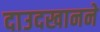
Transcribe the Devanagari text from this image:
दाउदखानने